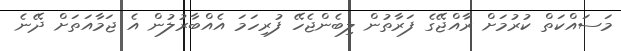
މަސައްކަތް ކުރުމަށް ރާއްޖޭގެ ފަރާތުން ލިބެންޖެހޭ ފުރިހަމަ އެއްބާރުލުން އެ ޖަމާއަތަށް ދޭނެ